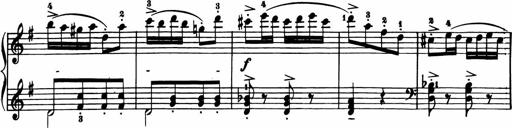
Title: 11 Sonatinas for Piano Solo
Composer: Anton Diabelli